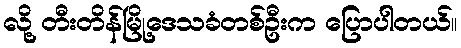
လို့ တီးတိန်မြို့ဒေသခံတစ်ဦးက ပြောပါတယ်။